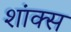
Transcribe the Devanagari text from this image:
शांक्स